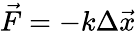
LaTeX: {\vec{F}}=-k\Delta{\vec{x}}